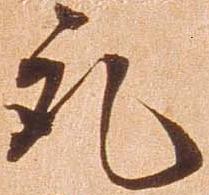
取